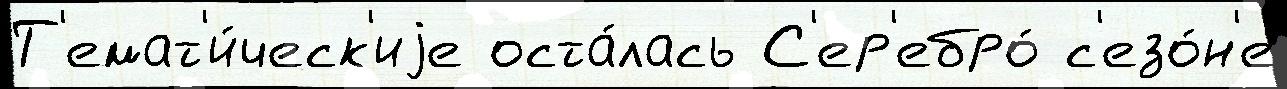
Т'емат'и́ческ'иjе оста́лась С'ер'ебро́ с'езо́н'е